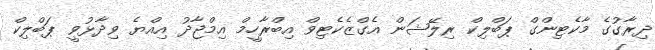
ދިރާގުގެ މާކެޓިންގް ޕަބްލިކް ރިލޭޝަން އެގްޒެކެޓިވް އިބްރާހީމް އިމްޖާދު އިއްޔެ ވިދާޅުވީ ޕަބްލިކް